Annual report of the Bengal Veterinary College and of the Civil Veterinary Department, Bengal, for the year 1919-20 - 1919-1920
Year: 1919
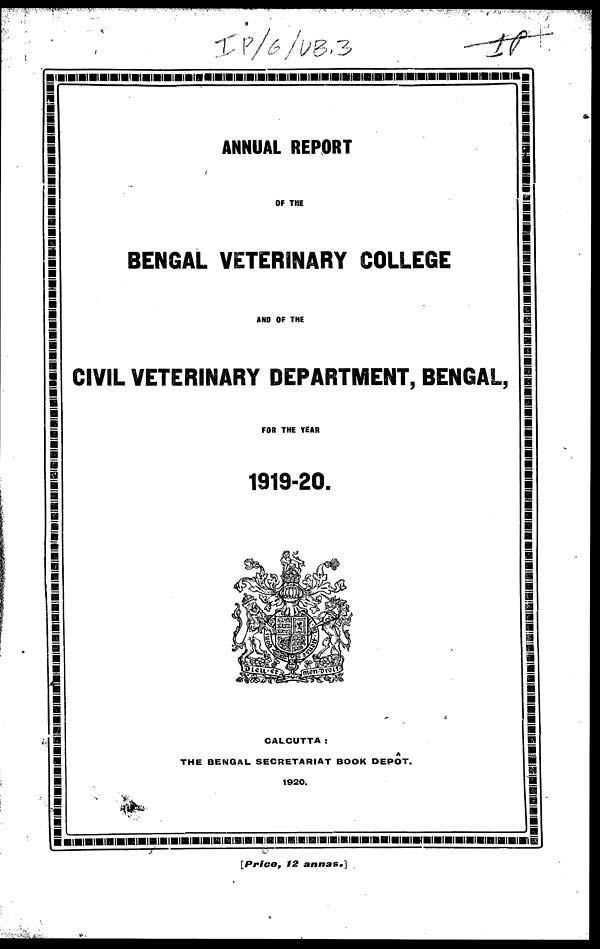
ANNUAL REPORT
OF THE
BENGAL VETERINARY COLLEGE
AND OF THE
CIVIL VETERINARY DEPARTMENT, BENGAL,
FOR THE YEAR
1919-20.
CALCUTTA :
A
THE BENGAL SECRETARIAT BOOK DEPOT.
1920.
[Price,
12
annas.]